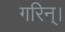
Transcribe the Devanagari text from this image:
गरिन्।